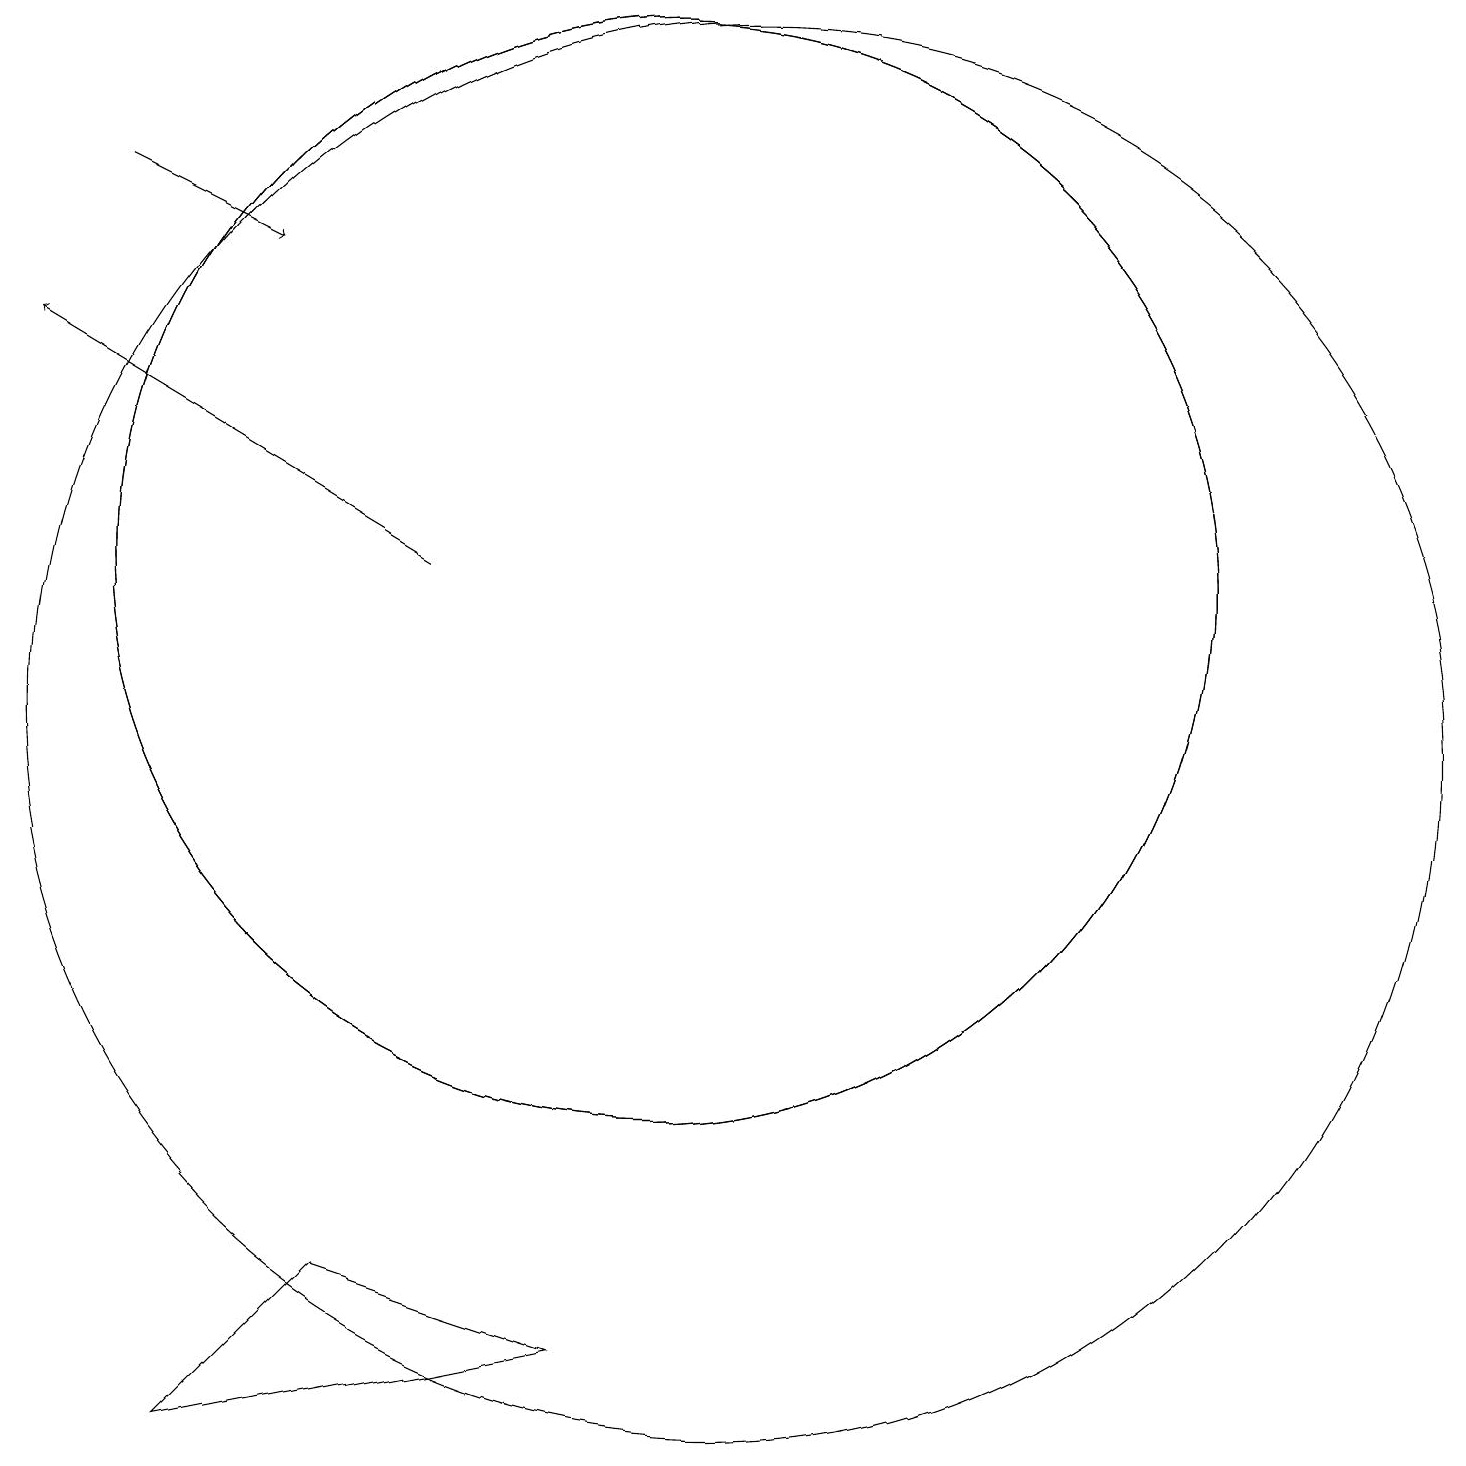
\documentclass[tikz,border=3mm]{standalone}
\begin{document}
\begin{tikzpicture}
\draw (10,12) circle (7);
\draw (10,12) circle (7);
\draw (4,1) -- (9,2) -- (6,3) -- cycle;
\draw[->] (7,12) -- (2,15);
\draw (11,10) circle (9);
\draw (10,10) circle (0);
\draw (11,12) circle (0);
\draw[->] (3,17) -- (5,16);
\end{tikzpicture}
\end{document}